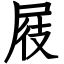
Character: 屐